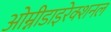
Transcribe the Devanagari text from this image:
ओम्नीडाइरेक्शनल